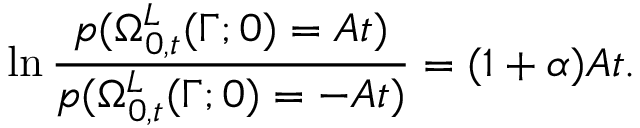
\ln \frac { p ( \Omega _ { 0 , t } ^ { L } ( \Gamma ; 0 ) = A t ) } { p ( \Omega _ { 0 , t } ^ { L } ( \Gamma ; 0 ) = - A t ) } = ( 1 + \alpha ) A t .